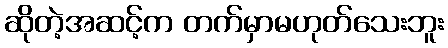
ဆိုတဲ့အဆင့်က တက်မှာမဟုတ်သေးဘူး